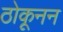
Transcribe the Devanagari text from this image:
ठोकूनन